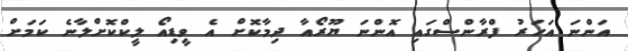
އަންނަ އަހަރު ފްރާންްސްގައި އޮންނަ ޔޫރޯއާ ދިމާކޮށް އެ ވީޑިއޯ ލީކްކޮށްލާނެ ކަމަށް